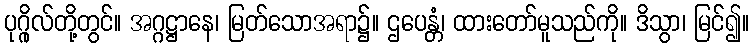
ပုဂ္ဂိုလ်တို့တွင်။ အဂ္ဂဋ္ဌာနေ၊ မြတ်သောအရာ၌။ ဌပေန္တံ၊ ထားတော်မူသည်ကို။ ဒိသွာ၊ မြင်၍။